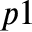
p 1